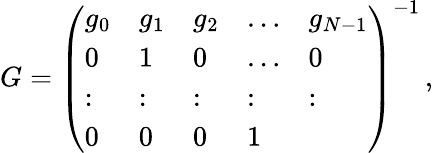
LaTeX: \begin{array}{r}{G=\left(\begin{array}{lllll}{g_{0}}&{g_{1}}&{g_{2}}&{\dots}&{g_{N-1}}\\ {0}&{1}&{0}&{\dots}&{0}\\ {:}&{:}&{:}&{:}&{:}\\ {0}&{0}&{0}&{1}\end{array}\right)^{-1}\, ,}\end{array}